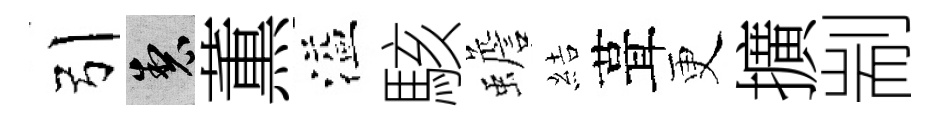
引製薫溢駭蟾結葺更擴剬